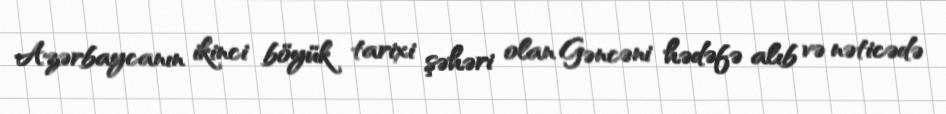
Azərbaycanın ikinci böyük tarixi şəhəri olan Gəncəni hədəfə alıb və nəticədə